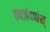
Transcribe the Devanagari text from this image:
ठवजंदपांश्